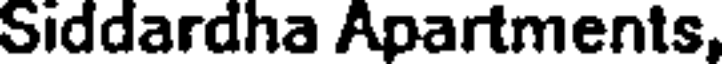
Siddardha Apartments,